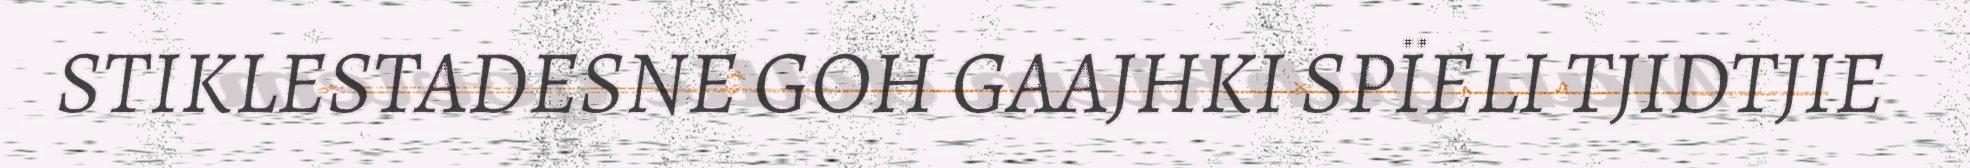
STIKLESTADESNE GOH GAAJHKI SPÏELI TJIDTJIE